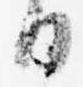
日